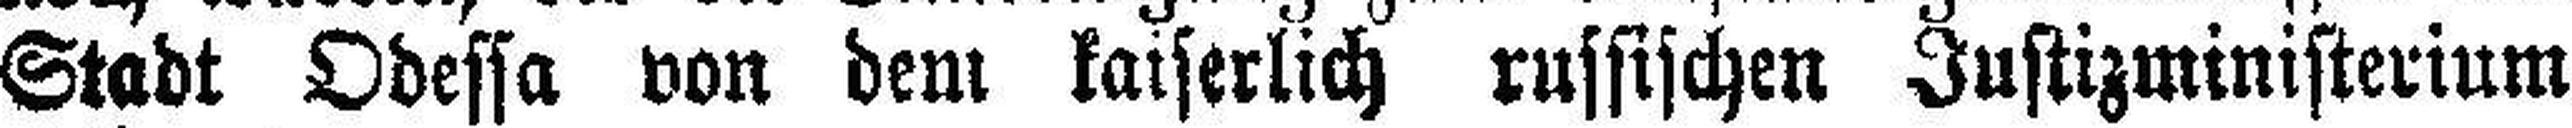
Stadt Odessa von dem kaiserlich russischen Justizministerium